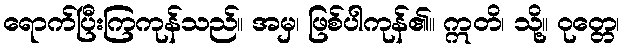
ရောက်ပြီးကြကုန်သည်။ အမှ၊ ဖြစ်ပါကုန်၏။ ဣတိ၊ သို့။ ဝုတ္တေ၊